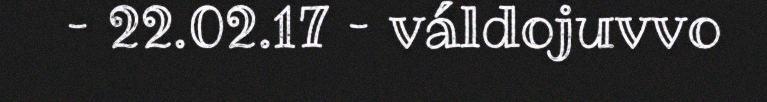
– 22.02.17 – váldojuvvo